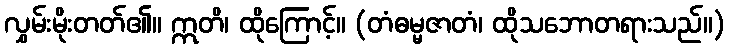
လွှမ်းမိုးတတ်၏။ ဣတိ၊ ထိုကြောင့်။ (တံဓမ္မဇာတံ၊ ထိုသဘောတရားသည်။)